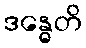
ဒန္ဓေတိ